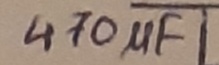
Text: 470µF